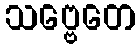
သဗ္ဗေတေ